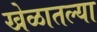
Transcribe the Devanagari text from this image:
खेळातल्या